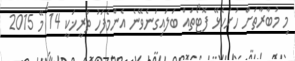
މި މުބާރާތަށް ހުށަހެޅޭ ފޮޓޯތައް ބަލައިގަނެވޭނެ އެންމެފަހު ތާރީޚަކީ 14 މޭ 2015